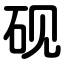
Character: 砚